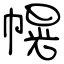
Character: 幌